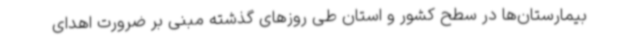
بیمارستان‌ها در سطح کشور و استان طی روزهای گذشته مبنی بر ضرورت اهدای